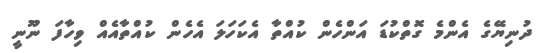
ދުނިޔޭގެ އެންމެ ގޮތްކުޑަ އަންހެން ކުއްތާ އެކަހަލަ އެހެން ކުއްތާއެއް ވިހާފަ ނޫނީ